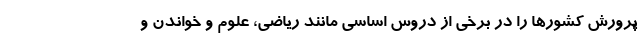
پرورش کشورها را در برخی از دروس اساسی مانند ریاضی، علوم و خواندن و